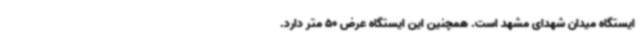
ایستگاه میدان شهدای مشهد است. همچنین این ایستگاه عرض 50 متر دارد.